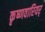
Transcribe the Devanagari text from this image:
कृष्णवारियर्